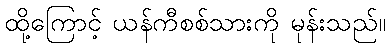
ထို့ကြောင့် ယန်ကီစစ်သားကို မုန်းသည်။